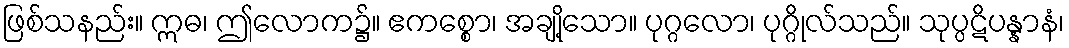
ဖြစ်သနည်း။ ဣဓ၊ ဤလောက၌။ ဧကစ္စော၊ အချို့သော။ ပုဂ္ဂလော၊ ပုဂ္ဂိုလ်သည်။ သုပ္ပဋိပန္နာနံ၊